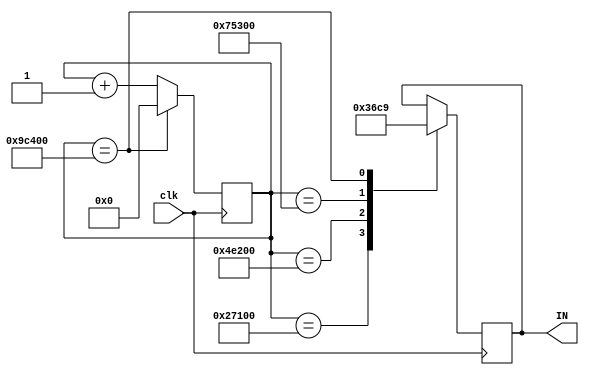
module stepper(
	input clk,
	output [3:0] IN
	);

reg [26:0] cnt = 0;
reg [3:0] led = 4'b0000;

always @(posedge clk)
begin
	cnt <= cnt + 1;
	case (cnt)
	160_000 : led <= 4'b0011;
	320_000 : led <= 4'b0110;
	480_000 : led <= 4'b1100;
	640_000 : begin
					 led <= 4'b1001;
					 cnt <= 0;
				 end
	endcase
end

assign IN = led;

endmodule